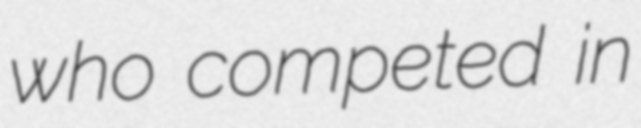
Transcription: who competed in